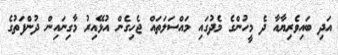
އަދި ބައިވެރިޔާއާ ދެ މީހުންގެ މެދުގައި މައްސަލަތައް ޖެހިގެން އުޅޭއިރު މާގިނައިން ދުންފަތުގެ